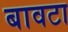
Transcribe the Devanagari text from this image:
बावटा